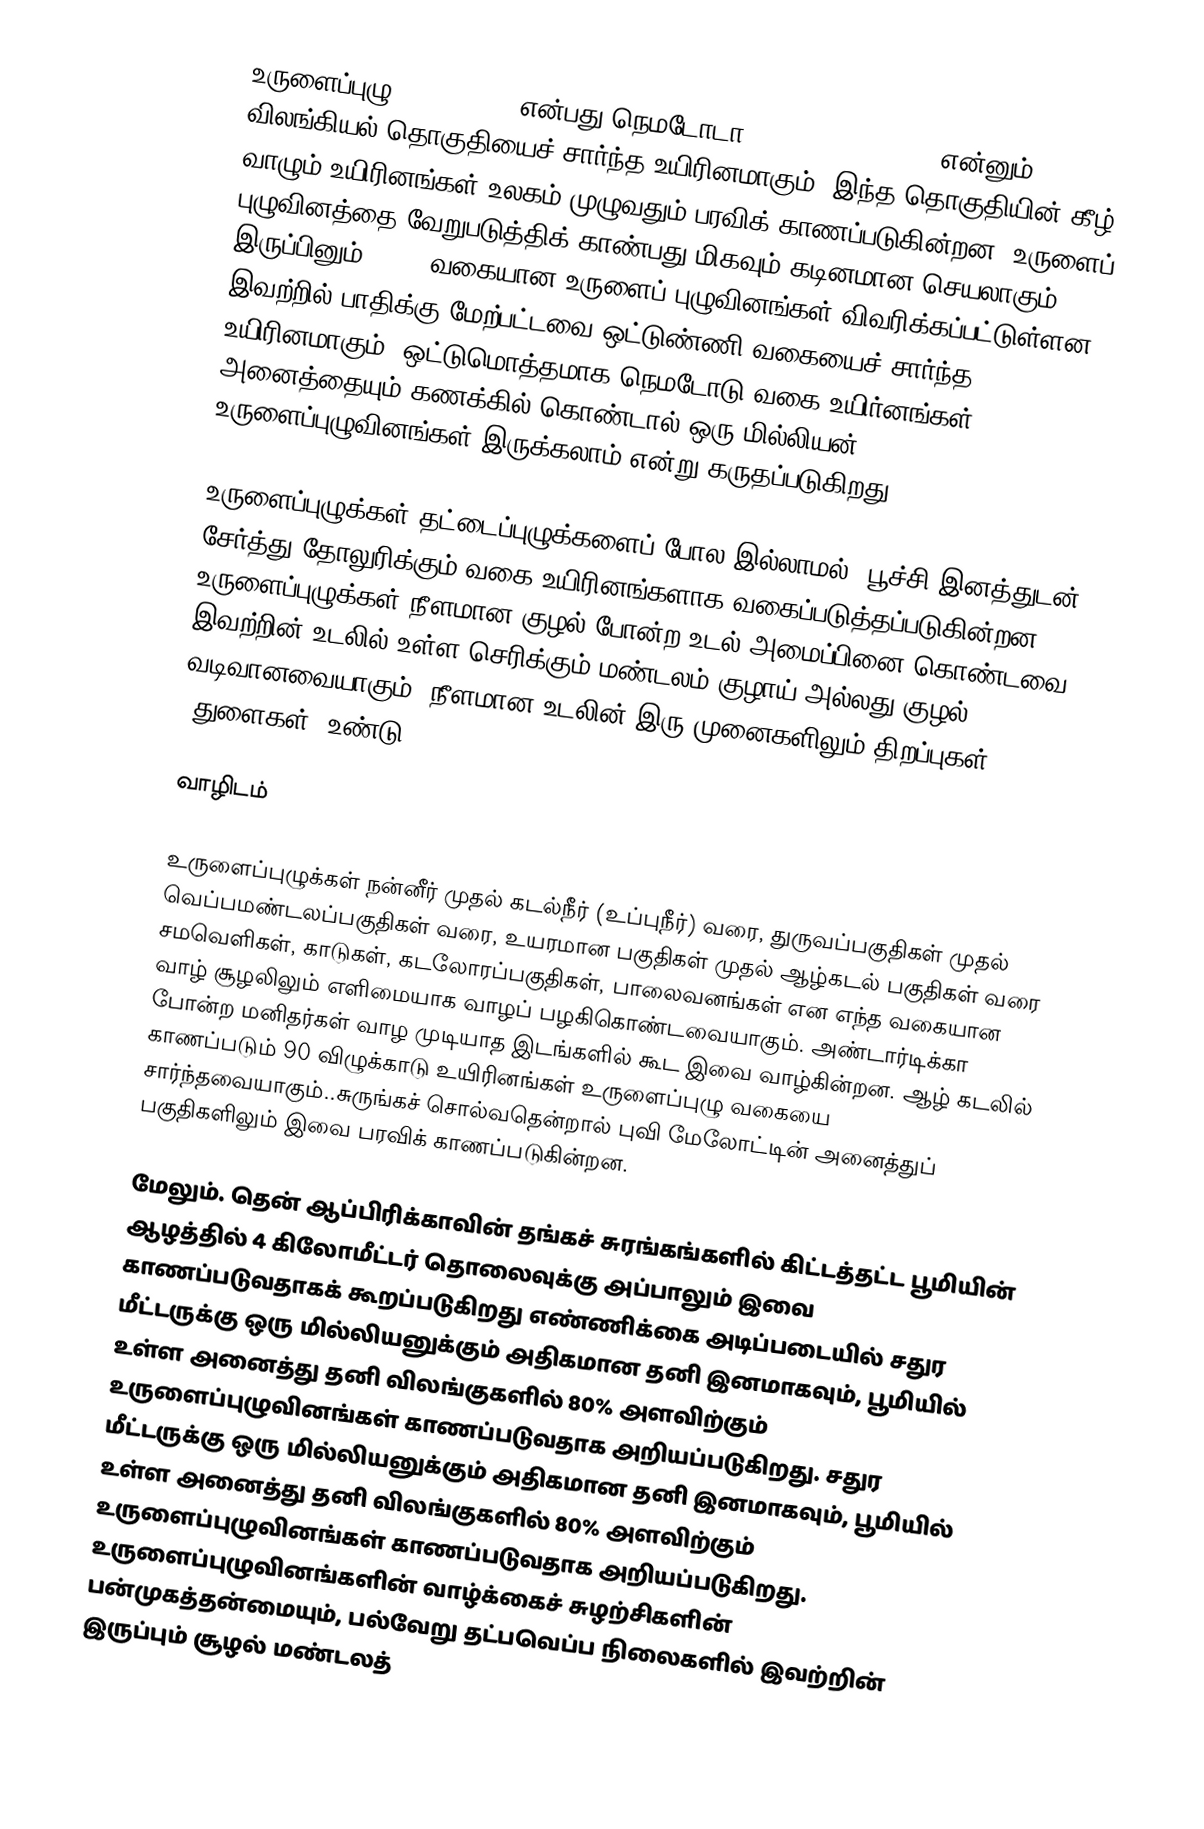
உருளைப்புழு (roundworm) என்பது நெமடோடா (phylum: nematoda) என்னும் விலங்கியல் தொகுதியைச் சார்ந்த உயிரினமாகும் .இந்த தொகுதியின் கீழ் வாழும் உயிரினங்கள் உலகம் முழுவதும் பரவிக் காணப்படுகின்றன. உருளைப் புழுவினத்தை வேறுபடுத்திக் காண்பது மிகவும் கடினமான செயலாகும். இருப்பினும் 25000 வகையான உருளைப் புழுவினங்கள் விவரிக்கப்பட்டுள்ளன . இவற்றில் பாதிக்கு மேற்பட்டவை ஒட்டுண்ணி வகையைச் சார்ந்த உயிரினமாகும். ஒட்டுமொத்தமாக நெமடோடு வகை உயிர்னங்கள் அனைத்தையும் கணக்கில் கொண்டால் ஒரு மில்லியன் உருளைப்புழுவினங்கள் இருக்கலாம் என்று கருதப்படுகிறது .

உருளைப்புழுக்கள் தட்டைப்புழுக்களைப் போல இல்லாமல், பூச்சி இனத்துடன் சேர்த்து தோலுரிக்கும் வகை உயிரினங்களாக வகைப்படுத்தப்படுகின்றன. உருளைப்புழுக்கள் நீளமான குழல் போன்ற உடல் அமைப்பினை கொண்டவை; இவற்றின் உடலில் உள்ள செரிக்கும் மண்டலம் குழாய் அல்லது குழல் வடிவானவையாகும். நீளமான உடலின் இரு முனைகளிலும் திறப்புகள் (துளைகள்) உண்டு.

வாழிடம்

உருளைப்புழுக்கள் நன்னீர் முதல் கடல்நீர் (உப்புநீர்) வரை, துருவப்பகுதிகள் முதல் வெப்பமண்டலப்பகுதிகள் வரை, உயரமான பகுதிகள் முதல் ஆழ்கடல் பகுதிகள் வரை சமவெளிகள், காடுகள், கடலோரப்பகுதிகள், பாலைவனங்கள் என எந்த வகையான வாழ் சூழலிலும் எளிமையாக வாழப் பழகிகொண்டவையாகும். அண்டார்டிக்கா போன்ற மனிதர்கள் வாழ முடியாத இடங்களில் கூட இவை வாழ்கின்றன. ஆழ் கடலில் காணப்படும் 90 விழுக்காடு உயிரினங்கள்  உருளைப்புழு வகையை சார்ந்தவையாகும்..சுருங்கச் சொல்வதென்றால் புவி மேலோட்டின் அனைத்துப் பகுதிகளிலும் இவை பரவிக் காணப்படுகின்றன.

மேலும். தென் ஆப்பிரிக்காவின் தங்கச் சுரங்கங்களில் கிட்டத்தட்ட பூமியின் ஆழத்தில் 4 கிலோமீட்டர் தொலைவுக்கு அப்பாலும் இவை காணப்படுவதாகக் கூறப்படுகிறது எண்ணிக்கை அடிப்படையில் சதுர மீட்டருக்கு ஒரு மில்லியனுக்கும் அதிகமான தனி இனமாகவும், பூமியில் உள்ள அனைத்து தனி விலங்குகளில் 80% அளவிற்கும் உருளைப்புழுவினங்கள் காணப்படுவதாக அறியப்படுகிறது. சதுர மீட்டருக்கு ஒரு மில்லியனுக்கும் அதிகமான தனி இனமாகவும், பூமியில் உள்ள அனைத்து தனி விலங்குகளில் 80% அளவிற்கும் உருளைப்புழுவினங்கள் காணப்படுவதாக அறியப்படுகிறது. உருளைப்புழுவினங்களின் வாழ்க்கைச் சுழற்சிகளின் பன்முகத்தன்மையும்,  பல்வேறு தட்பவெப்ப நிலைகளில் இவற்றின் இருப்பும் சூழல் மண்டலத்